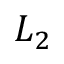
L _ { 2 }